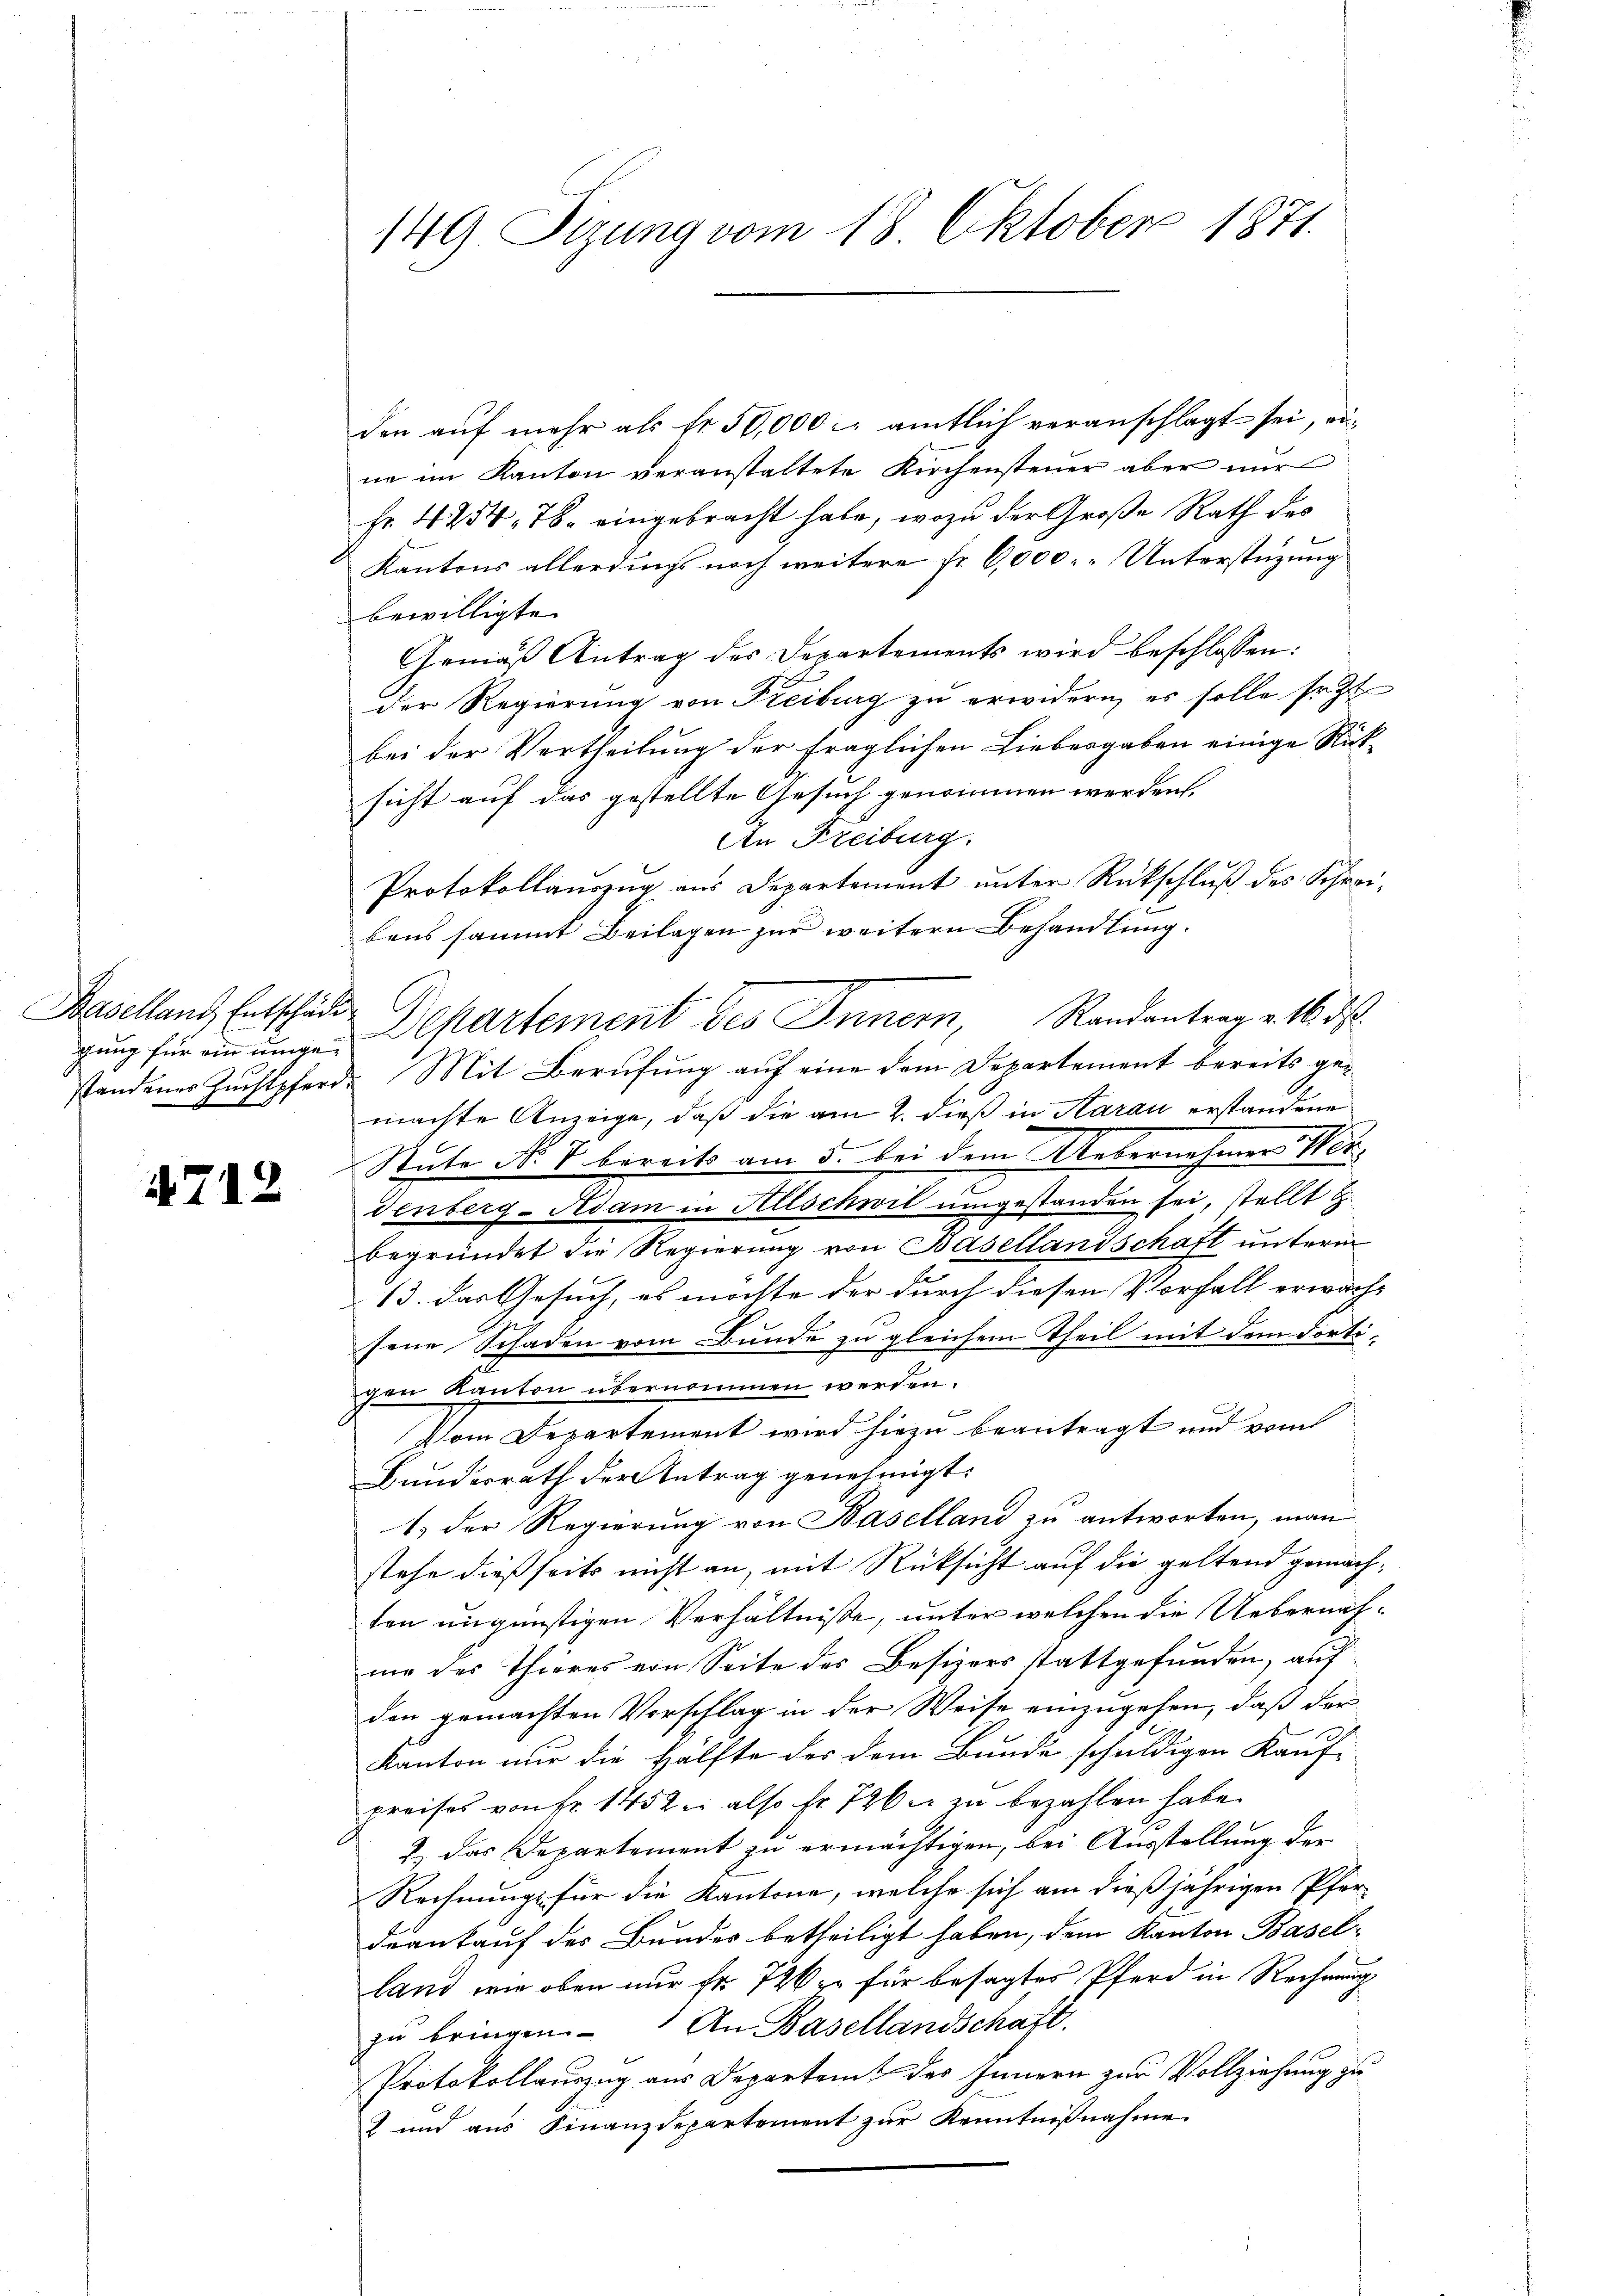
gung für ein einge¬

4712

den auf mehr als fr. 50,000 - amtlich veranschlagt sei, eine im Kanton veranstaltete Kirchensteuer aber nur
Fr. 4254. 78. eingebracht habe, wozu der Große Rath des
Kantons allerdings noch weitere Fr. 6,000 Unterstüzung
bewilligte.
Gemäß Antrag des Departements wird beschlossen:
Der Regierung von Freiburg zu erwidern, es solle sr. Zt
bei der Vertheilung der fraglichen Liebesgaben einige Rücksicht auf das gestellte Gesuch genommen werden.
An Freiburg.
Protokollaŭszŭg aŭs Departement ŭnter Rückschlŭβ des Schrei-
bens sammt Beilagen zur weitern Behandlung.
Baselland Entschäden Departement des Innern, Randantrag v. 16. ds.
standenes Zuchtpferd. Mit Berufung auf eine dem Departement bereits gemachte Anzeige, daß die am 2. dieß in Aarau erstandene
Stute No V bereits am 5. bei dem Uebernehmers Wern
denberg-Adam in Allschwil umgestanden sei, stellt u.
begründet die Regierung von Basellandschaft unterm
13. das Gesuch, es möchte der durch diesen Vorfall erwach-
sene Schaden vom Bunde zu gleichem Theil mit dem dortigen Kanton übernommen werden.
Vom Departement wird hiezu beantragt und vom
Bundesrath der Antrag genehmigt.
1. der Regierung von Baselland zu antworten, man
stehe dießseits nicht an, mit Rücksicht auf die geltend gemachten ungünstigen Verhältnisse, unter welchen die Uebernahme des Thieres von Seite des Besizers stattgefunden, auf
den gemachten Vorschlag in der Weise einzugehen, daß der
Kanton nur die Hälfte des dem Bunde schuldigen Kauf-
preises von Fr. 1452 u. also fr. 726 zu bezahlen habe.
2) das Departement zu ermächtigen, bei Ausstellung der
Rechnung für die Kantone, welche sich am dießjährigen Pferdeankauf des Bundes betheiligt haben, dem Kanton Baselland wie oben nur fr. 726 für besagtes Pferd in Rechnung
zu bringen. An Basellandschaft.
Protokollauszug aus Departeme des Innern zur Vollziehung zu
2 und aus Finanzdepartement zur Kenntnißnahme.

149 Sizung vom 18. Oktober 1871